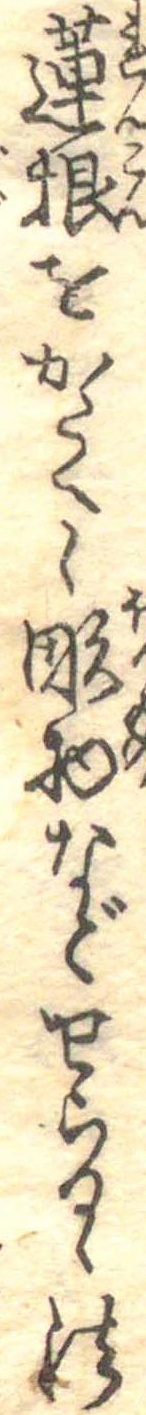
蓮根をかたくし彫物などせらるゝ法